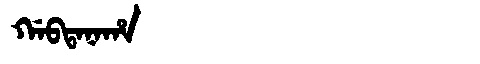
Manchu: ᡤᠠᠪᡨᠠᠨᠠᡥᠠ
Romanization: GABTANAHA